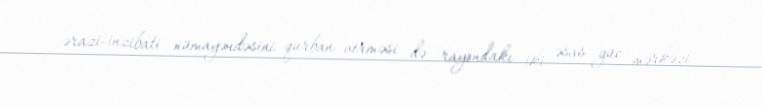
ərazi-inzibati nümayəndəsini qurban verməsi də rayondakı iki əsas güc mərkəzi